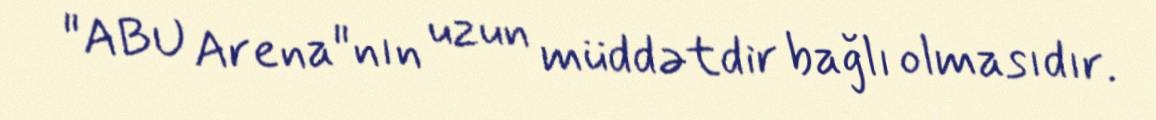
"ABU Arena"nın uzun müddətdir bağlı olmasıdır.